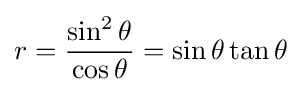
r={\frac {\sin ^{2}\theta }{\cos \theta }}=\sin \theta \tan \theta